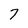
Character: 7